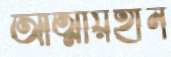
আত্মীয়হীন